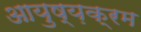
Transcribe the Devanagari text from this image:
आयुष्य़क्रम